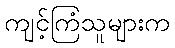
ကျင့်ကြံသူများက